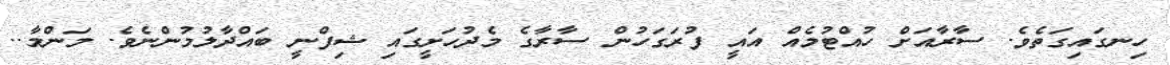
ހިނގައިގަތެވެ. ސާރާއަށް ހުއްޓުމެއް އައީ ފުރަގަހުން ސާރާގެ މެދުހަށީގައި ޝިފްނީ ބައްދާލުމުންނެވެ. މަންމާ..